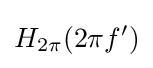
H_{2\pi }(2\pi f')